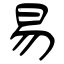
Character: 易